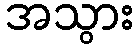
အသွား